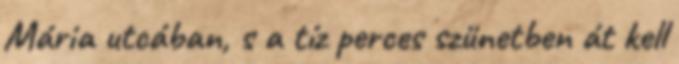
Mária utcában, s a tíz perces szünetben át kell